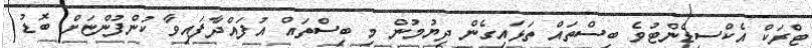
ޓްރަކް އެކްސިޑެންޓުވެ ބިސްތައް ތަޅައިގެން ދިޔުމުން މި ބިސްތައް އުފައްދާފައިވާ ކުންފުންޏަށް ބޮޑު